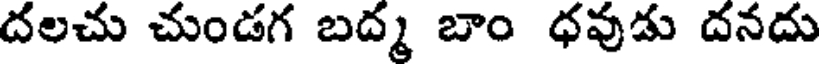
దలచు చుండగ బద్మ బాం ధవుడు దనదు